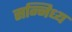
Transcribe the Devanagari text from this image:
सन्निध्य